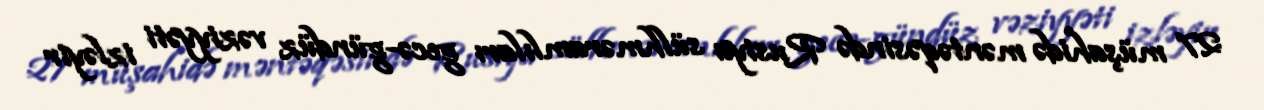
27 müşahidə məntəqəsində Rusiya sülhməramlıları gecə-gündüz vəziyyəti izləyir